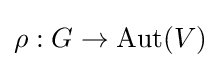
\rho :G\to \operatorname {Aut} (V)